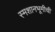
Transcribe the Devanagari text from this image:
स्मशानभूमीची